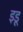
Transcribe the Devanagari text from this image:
इडू